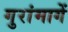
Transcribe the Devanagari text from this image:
गुरांमागें